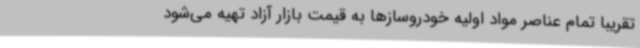
تقریبا تمام عناصر مواد اولیه خودروسازها به قیمت بازار آزاد تهیه می‌شود